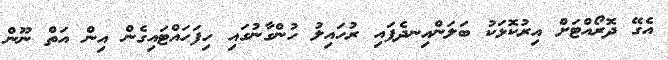
އެގޭ ދޮރޯއްޓަށް އިރުކޮޅަކު ބަލަންއިނދެފައި ރުހައިލު ހުންގާނުގައި ހިފަހައްޓައިގެން އިން އަތް ނޫން